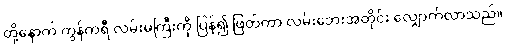
ထို့နောက် ကွန်ကရီ လမ်းမကြီးကို ပြန်၍ ဖြတ်ကာ လမ်းဘေးအတိုင်း လျှောက်လာသည်။